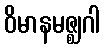
ဝိမာနမဇ္ဈဂါ